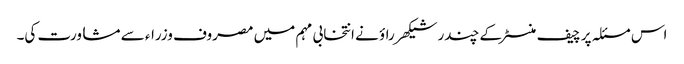
اس مسئلہ پر چیف منسٹر کے چندر شیکھر راؤ نے انتخابی مہم میں مصروف وزراء سے مشاورت کی۔